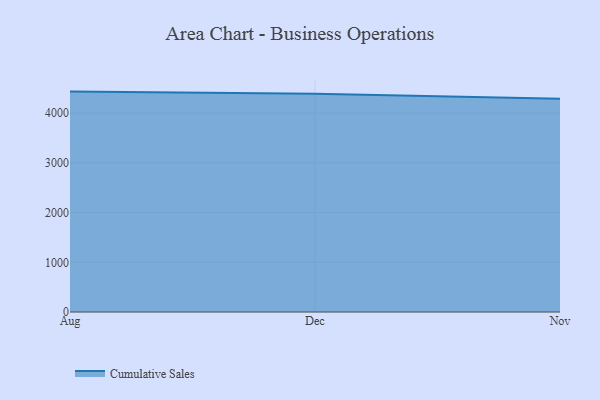
{"axis": {"x": "Month", "y": "Population (Million)"}, "legend": ["Cumulative Sales"], "data": [{"x": "Aug", "y": 4434.4, "type": "Cumulative Sales"}, {"x": "Dec", "y": 4391.4, "type": "Cumulative Sales"}, {"x": "Nov", "y": 4292.9, "type": "Cumulative Sales"}]}